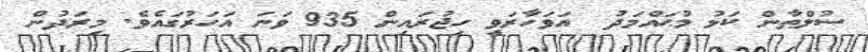
ސުލްޠާން ކަޅު މުޙައްމަދު  އަވަހާރަވީ ހިޖުރައިން 935 ވަނަ އަހަރުގައެވެ. މިރަދުން